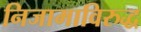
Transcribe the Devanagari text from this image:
निजामाविरुद्ध